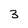
Character: 3